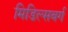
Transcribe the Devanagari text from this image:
मिडिल्सबर्ग